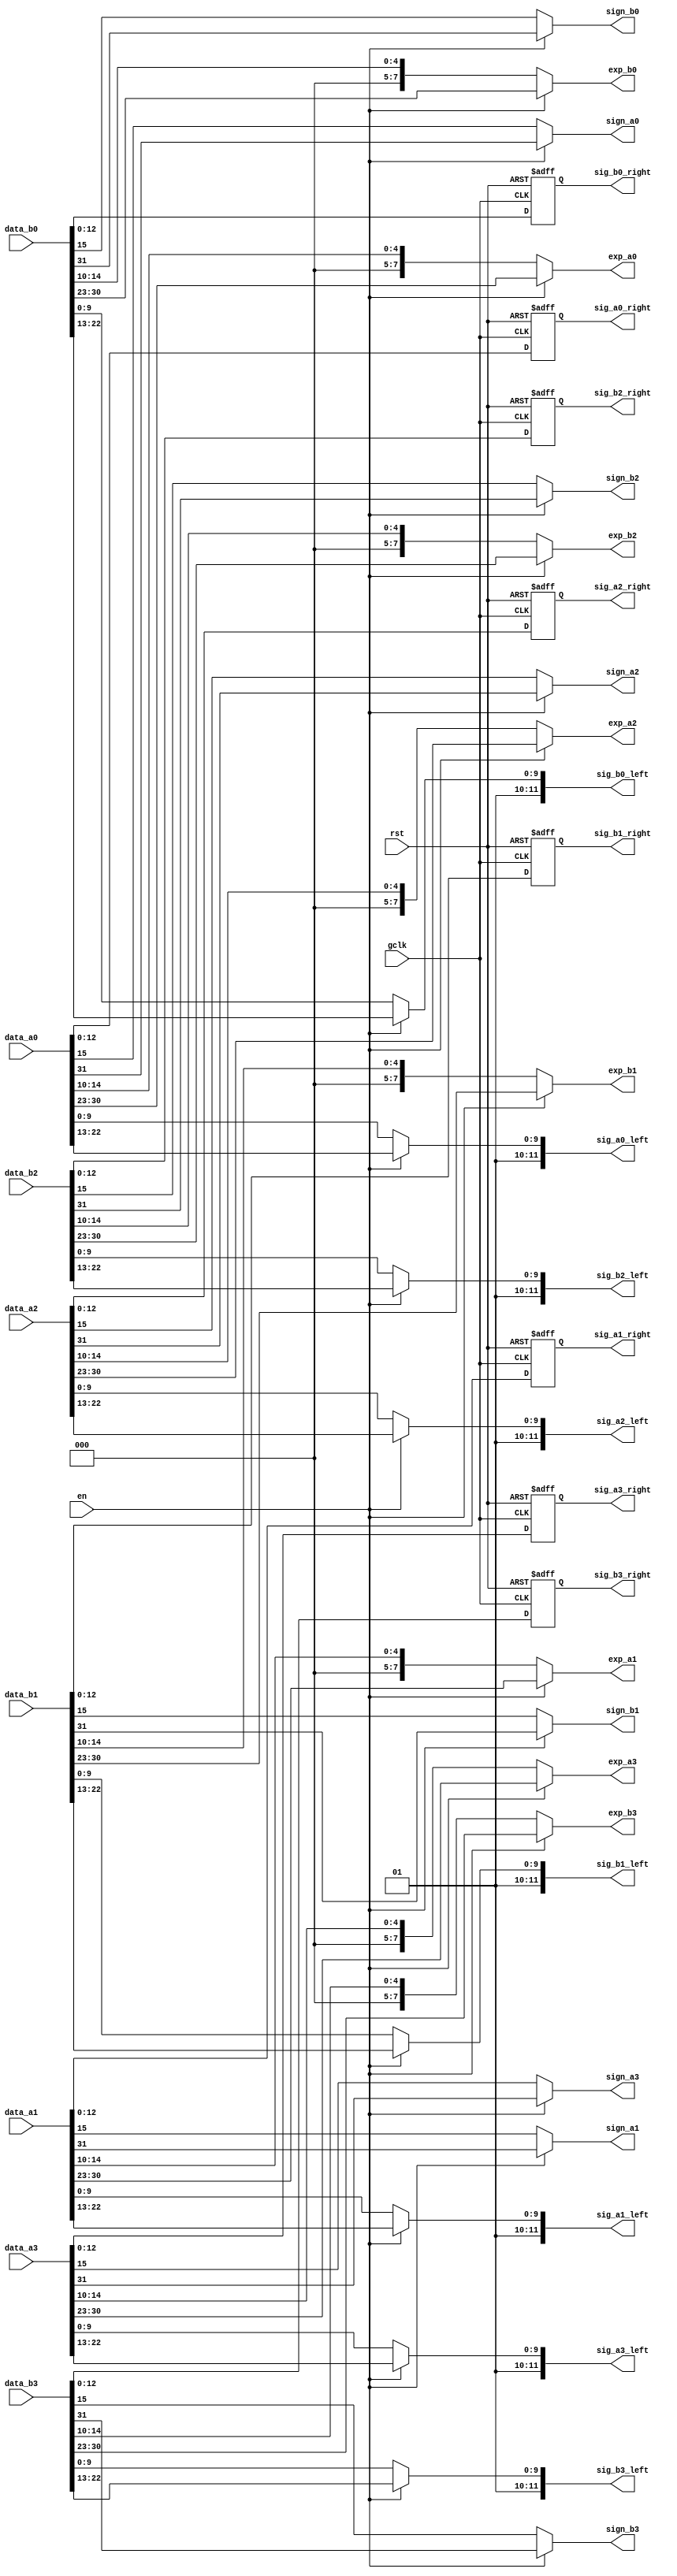
module unpack (gclk, rst, en, data_a0, data_a1, data_a2, data_a3, data_b0, data_b1, data_b2, data_b3,
 sign_a0, sign_a1, sign_a2, sign_a3, sign_b0, sign_b1, sign_b2, sign_b3,
 exp_a0, exp_a1, exp_a2, exp_a3, exp_b0, exp_b1, exp_b2, exp_b3,
 sig_a0_left, sig_a1_left, sig_a2_left, sig_a3_left, sig_b0_left, sig_b1_left, sig_b2_left, sig_b3_left,
 sig_a0_right, sig_a1_right, sig_a2_right, sig_a3_right, sig_b0_right, sig_b1_right, sig_b2_right, sig_b3_right);
    
input gclk, rst, en;
input [31:0] data_a0, data_a1, data_a2, data_a3, data_b0, data_b1, data_b2, data_b3;
output sign_a0, sign_a1, sign_a2, sign_a3, sign_b0, sign_b1, sign_b2, sign_b3;
output [7:0]exp_a0, exp_a1, exp_a2, exp_a3, exp_b0, exp_b1, exp_b2, exp_b3;
output [11:0]sig_a0_left, sig_a1_left, sig_a2_left, sig_a3_left, sig_b0_left, sig_b1_left, sig_b2_left, sig_b3_left;
output reg [12:0]sig_a0_right, sig_a1_right, sig_a2_right, sig_a3_right, sig_b0_right, sig_b1_right, sig_b2_right, sig_b3_right;
// output en;

//reg [12:0]sig_a0_right_tmp, sig_a1_right_tmp, sig_a2_right_tmp, sig_a3_right_tmp, sig_b0_right_tmp, sig_b1_right_tmp, sig_b2_right_tmp, sig_b3_right_tmp;

// wire gclk;
// assign gclk = clk & en;

// assign en = (|data_a1[30-:8])? 1 : 0;   //1 = single, 0 = half

assign sign_a0 = (en)? data_a0[31] : data_a0[15];
assign sign_a1 = (en)? data_a1[31] : data_a1[15];
assign sign_a2 = (en)? data_a2[31] : data_a2[15];
assign sign_a3 = (en)? data_a3[31] : data_a3[15];

assign sign_b0 = (en)? data_b0[31] : data_b0[15];
assign sign_b1 = (en)? data_b1[31] : data_b1[15];
assign sign_b2 = (en)? data_b2[31] : data_b2[15];
assign sign_b3 = (en)? data_b3[31] : data_b3[15];

assign exp_a0 = (en)? data_a0[30:23] : {3'b000, data_a0[14:10]};
assign exp_a1 = (en)? data_a1[30:23] : {3'b000, data_a1[14:10]};
assign exp_a2 = (en)? data_a2[30:23] : {3'b000, data_a2[14:10]};
assign exp_a3 = (en)? data_a3[30:23] : {3'b000, data_a3[14:10]};

assign exp_b0 = (en)? data_b0[30:23] : {3'b000, data_b0[14:10]};
assign exp_b1 = (en)? data_b1[30:23] : {3'b000, data_b1[14:10]};
assign exp_b2 = (en)? data_b2[30:23] : {3'b000, data_b2[14:10]};
assign exp_b3 = (en)? data_b3[30:23] : {3'b000, data_b3[14:10]};

assign sig_a0_left = (en)? {2'b01, data_a0[22:13]} : {2'b01, data_a0[9:0]};       //Q2.10
assign sig_a1_left = (en)? {2'b01, data_a1[22:13]} : {2'b01, data_a1[9:0]};
assign sig_a2_left = (en)? {2'b01, data_a2[22:13]} : {2'b01, data_a2[9:0]};
assign sig_a3_left = (en)? {2'b01, data_a3[22:13]} : {2'b01, data_a3[9:0]};

assign sig_b0_left = (en)? {2'b01, data_b0[22:13]} : {2'b01, data_b0[9:0]};       
assign sig_b1_left = (en)? {2'b01, data_b1[22:13]} : {2'b01, data_b1[9:0]};
assign sig_b2_left = (en)? {2'b01, data_b2[22:13]} : {2'b01, data_b2[9:0]};
assign sig_b3_left = (en)? {2'b01, data_b3[22:13]} : {2'b01, data_b3[9:0]};


always @(posedge gclk, posedge rst ) begin
    if(rst) begin
        sig_a0_right <= 13'b0;
        sig_a1_right <= 13'b0;
        sig_a2_right <= 13'b0;
        sig_a3_right <= 13'b0;

        sig_b0_right <= 13'b0;
        sig_b1_right <= 13'b0;
        sig_b2_right <= 13'b0;
        sig_b3_right <= 13'b0;
    end
    else begin
        sig_a0_right <= data_a0[12:0];                 //13'b
        sig_a1_right <= data_a1[12:0];
        sig_a2_right <= data_a2[12:0];
        sig_a3_right <= data_a3[12:0];

        sig_b0_right <= data_b0[12:0];
        sig_b1_right <= data_b1[12:0];
        sig_b2_right <= data_b2[12:0];
        sig_b3_right <= data_b3[12:0];
    end 
end

endmodule